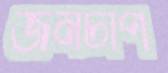
জনচাপ